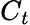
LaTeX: C_{t}